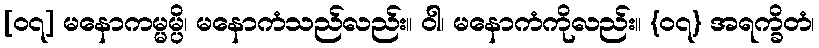
[၀၇] မနောကမ္မမ္ပိ၊ မနောကံသည်လည်း။ ဝါ၊ မနောကံကိုလည်း။ {၀၇} အရက္ခိတံ၊